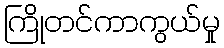
ကြိုတင်ကာကွယ်မှု